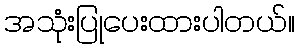
အသုံးပြုပေးထားပါတယ်။